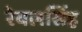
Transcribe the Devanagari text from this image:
रेवलसिंह